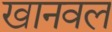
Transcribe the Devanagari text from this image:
खानवल